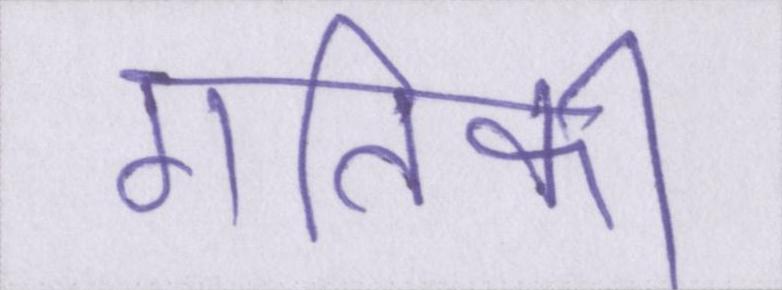
गतिकी